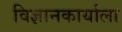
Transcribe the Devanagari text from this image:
विज्ञानकार्याला